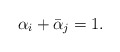
\begin{align*}\alpha_i+\bar{\alpha}_j=1.\end{align*}